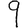
Digit: 9